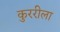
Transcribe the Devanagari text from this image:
कुररीला